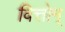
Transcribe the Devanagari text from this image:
वित्तोन्